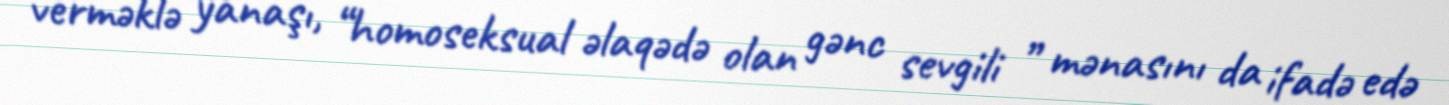
verməklə yanaşı, “homoseksual əlaqədə olan gənc sevgili ” mənasını da ifadə edə